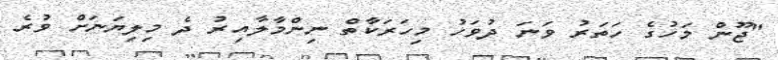
"ޖޫން މަހުގެ ހަތަރު ވަނަ ދުވަހު މިހަރަކާތް ނިންމާލާއިރު ދެ މިލިޔަނަށް ވުރެ